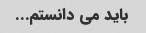
باید می دانستم...